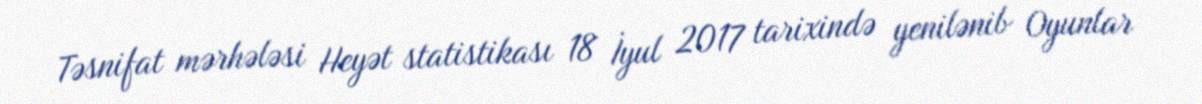
Təsnifat mərhələsi Heyət statistikası 18 İyul 2017 tarixində yenilənib Oyunlar